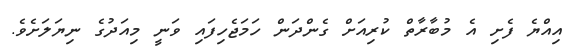
އިއްޔެ ފެށި އެ މުބާރާތް ކުރިއަށް ގެންދަން ހަމަޖެހިފައި ވަނީ މިއަދުގެ ނިޔަލަށެވެ.